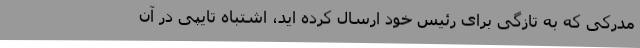
مدرکی که به تازگی برای رئیس خود ارسال کرده اید، اشتباه تایپی در آن